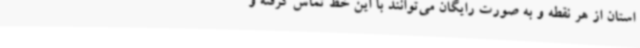
استان از هر نقطه و به صورت رایگان می‌توانند با این خط تماس گرفته و